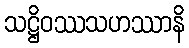
သဋ္ဌိဝဿသဟဿာနိ